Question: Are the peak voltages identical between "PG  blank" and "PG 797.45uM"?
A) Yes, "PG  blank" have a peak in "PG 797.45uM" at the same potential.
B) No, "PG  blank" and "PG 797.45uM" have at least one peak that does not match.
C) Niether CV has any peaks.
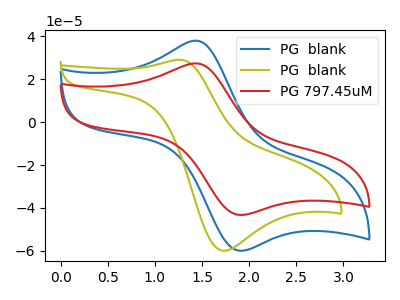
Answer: <think>The blue curve "PG  blank" has an anodic peak at (1.45V, 38.05uA) and a cathodic peak at (1.90V, -60.00uA). The olive curve "PG  blank" has an anodic peak at (1.25V, 29.15uA) and a cathodic peak at (1.70V, -59.95uA). The red curve "PG 797.45uM" has an anodic peak at (1.45V, 27.45uA) and a cathodic peak at (1.90V, -43.30uA).</think>
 <answer>A) Yes, "PG  blank" have a peak in "PG 797.45uM" at the same potential.</answer>
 <eval>A</eval>